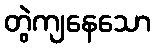
တွဲကျနေသော